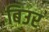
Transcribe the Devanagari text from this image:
बिउर